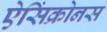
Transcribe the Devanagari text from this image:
ऐसिंक्रोनस